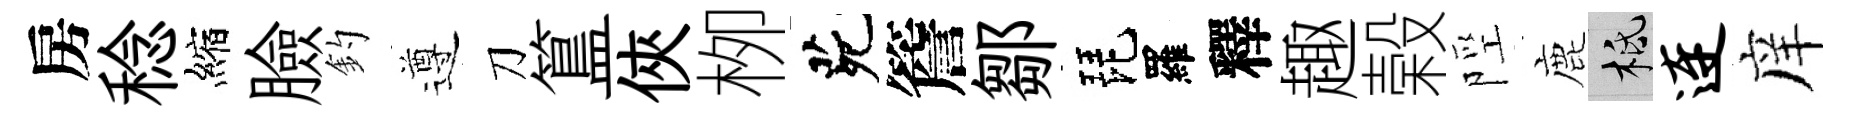
房稔縮臉釣遵刀簋俠栁茕簷鄒琵羅釋趣榖陘鹿柢连庠